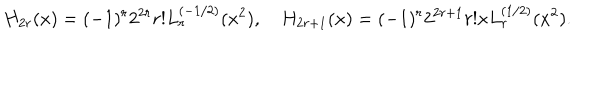
LaTeX: H _ { 2 r } ( x ) = ( - 1 ) ^ { r } 2 ^ { 2 r } r ! L _ { r } ^ { ( - 1 / 2 ) } ( x ^ { 2 } ) , \quad H _ { 2 r + 1 } ( x ) = ( - 1 ) ^ { r } 2 ^ { 2 r + 1 } r ! x L _ { r } ^ { ( 1 / 2 ) } ( x ^ { 2 } ) .